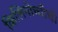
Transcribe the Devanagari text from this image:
किलिनोच्चीची